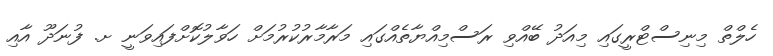
ހެލްތް މިނިސްޓްރީގައި މިއަދު ބޭއްވި ރަސްމިއްޔާތެއްގައި މަރާމާރުކުރުމަށް ހަވާލުކޮށްފައިވަނީ ށ. ފުނަދޫ އާއި